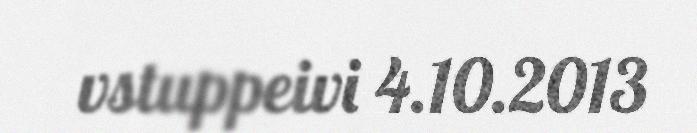
vstuppeivi 4.10.2013